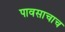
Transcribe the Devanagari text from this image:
पावसाचाच